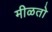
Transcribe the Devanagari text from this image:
मीळतो